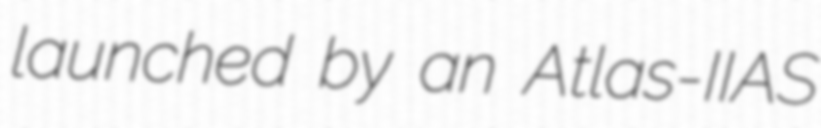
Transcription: launched by an Atlas-IIAS